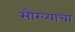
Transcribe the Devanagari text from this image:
सौख्याचा